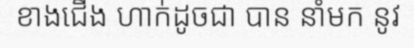
ខាងជើង ហាក់ដូចជា បាន នាំមក នូវ